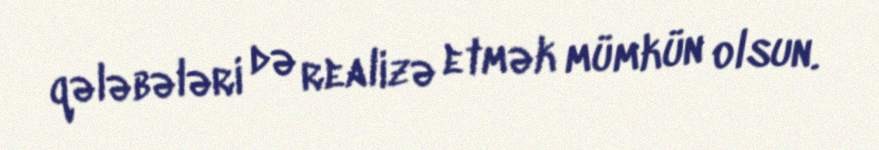
qələbələri də realizə etmək mümkün olsun.